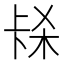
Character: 𭅱